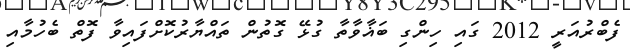
ފެބްރުއަރީ 2012 ގައި ހިންގި ބަޣާވާތާާ ގުޅޭ ގޮތުން ތައްޔާރުކޮށްްފައިވާ ފޮތް ބެހުމާއި